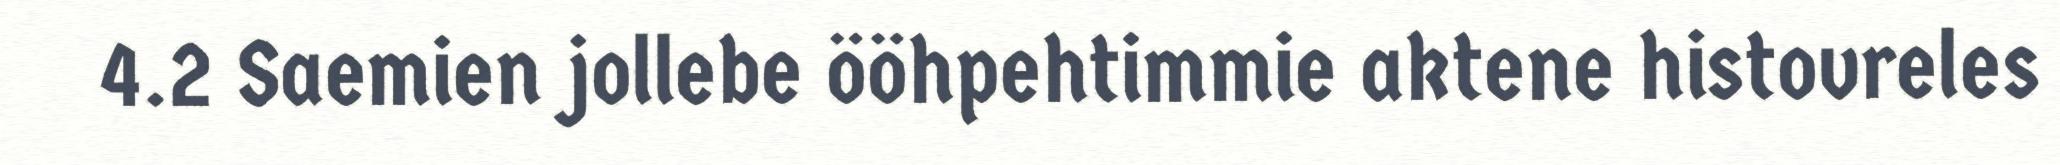
4.2 Saemien jollebe ööhpehtimmie aktene histovreles